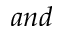
a n d